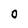
Character: O